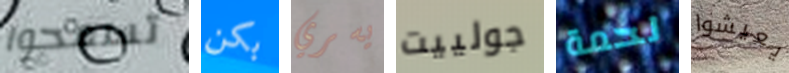
تسمحوا بكن يسري جولييت لحمة يعيشوا